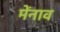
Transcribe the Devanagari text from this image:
मेंनाव